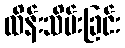
ထိန်းသိမ်းခြင်း